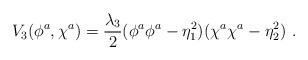
\begin{align*}V_3(\phi^a,\chi^a)=\frac{\lambda_3}2(\phi^a\phi^a-\eta_1^2)(\chi^a\chi^a-\eta_2^2) \ .\end{align*}